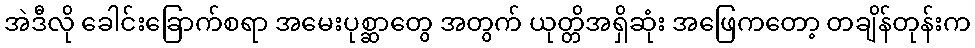
အဲဒီလို ခေါင်းခြောက်စရာ အမေးပုစ္ဆာတွေ အတွက် ယုတ္တိအရှိဆုံး အဖြေကတော့ တချိန်တုန်းက